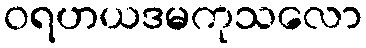
ဝရဟယဒမကုသလော